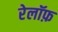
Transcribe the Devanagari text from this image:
रेलॉफ़